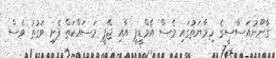
ގާނޫނުއަސާސީގެ ހިމާޔަތުގައި ވެސް އެމްޑީޕީ އާއި ޖޭޕީ މަސައްކަތް ފެށި ވަގުތު ވެސް